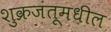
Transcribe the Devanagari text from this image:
शुक्रजंतूमधील